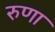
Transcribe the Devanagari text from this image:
रुणा